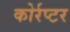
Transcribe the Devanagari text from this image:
कोर्रप्टर